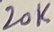
Text: 20K